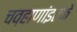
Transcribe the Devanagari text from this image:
चव्हाणांइतके